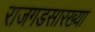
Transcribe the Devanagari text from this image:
राजगडसारख्या